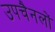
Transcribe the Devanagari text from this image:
उपचैनलों